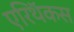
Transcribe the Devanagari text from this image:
एरिथॅकस